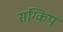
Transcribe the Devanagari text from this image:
संग्किप